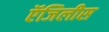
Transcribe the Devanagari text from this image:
ऍजिलीस